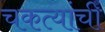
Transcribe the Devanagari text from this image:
चकत्यांची